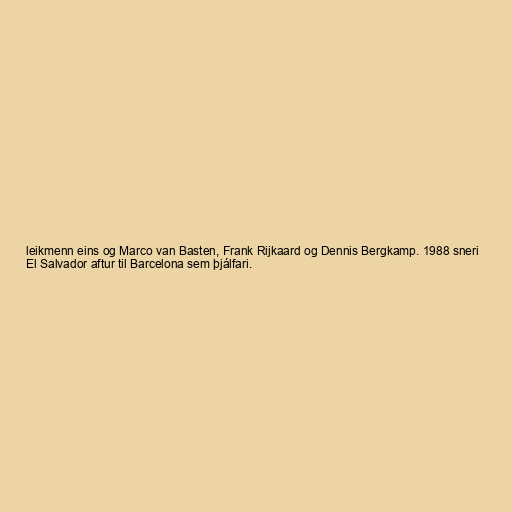
leikmenn eins og Marco van Basten, Frank Rijkaard og Dennis Bergkamp. 1988 sneri
El Salvador aftur til Barcelona sem þjálfari.